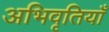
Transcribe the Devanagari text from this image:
अभिवृतियाँ